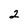
Character: 2